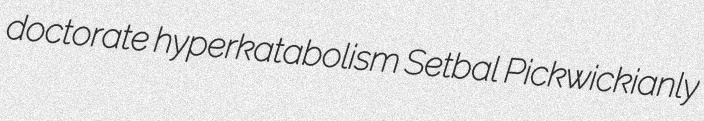
doctorate hyperkatabolism Setbal Pickwickianly